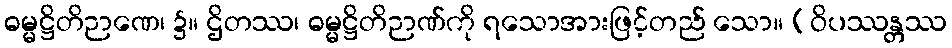
ဓမ္မဋ္ဌိတိဉာဏေ၊ ၌။ ဌိတဿ၊ ဓမ္မဋ္ဌိတိဉာဏ်ကို ရသောအားဖြင့်တည် သော။ (ဝိပဿန္တဿ